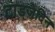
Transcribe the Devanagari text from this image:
टाडजेदिन